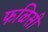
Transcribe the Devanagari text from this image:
फळिसी